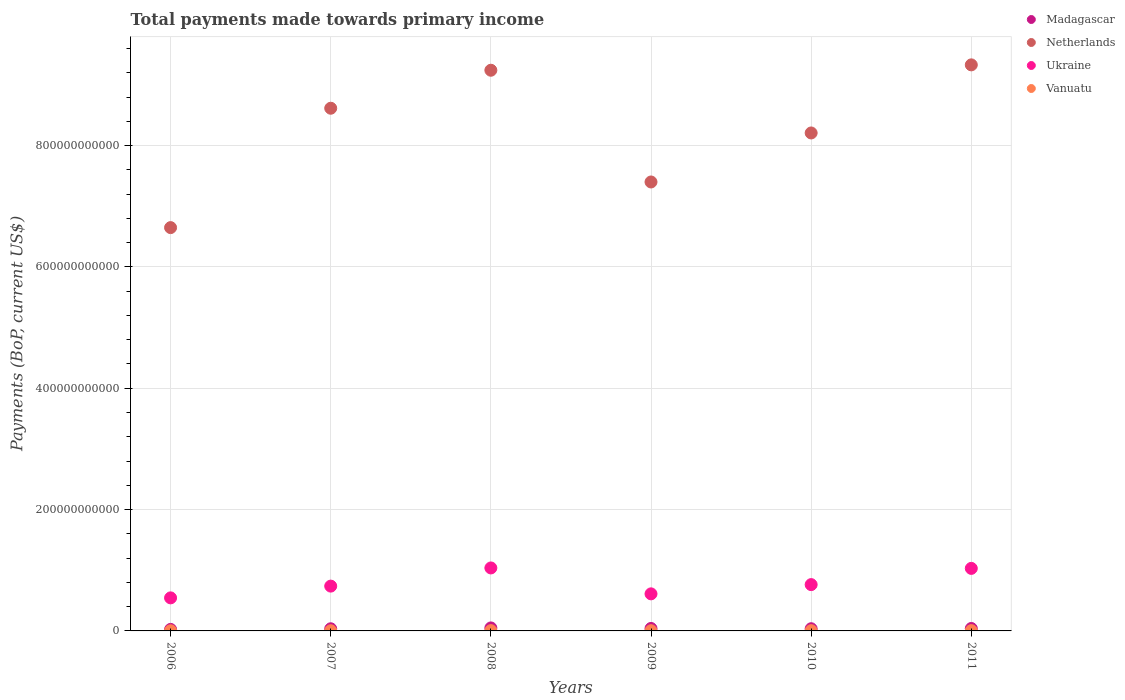
| Years | Madagascar | Netherlands | Ukraine | Vanuatu |
 | --- | --- | --- | --- | --- |
 | 2006 | 2.5e+09 | 6.65e+11 | 5.45e+10 | 2.71e+08 |
 | 2007 | 3.55e+09 | 8.62e+11 | 7.39e+10 | 3.13e+08 |
 | 2008 | 4.94e+09 | 9.24e+11 | 1.04e+11 | 4.93e+08 |
 | 2009 | 4.07e+09 | 7.4e+11 | 6.11e+10 | 3.45e+08 |
 | 2010 | 3.62e+09 | 8.21e+11 | 7.63e+10 | 4.23e+08 |
 | 2011 | 4.02e+09 | 9.33e+11 | 1.03e+11 | 4.66e+08 |